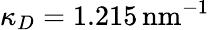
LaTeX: \kappa_{D}=1.215\, \textrm{nm}^{-1}